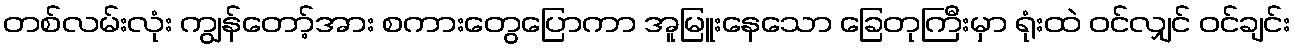
တစ်လမ်းလုံး ကျွန်တော့်အား စကားတွေပြောကာ အူမြူးနေသော ခြေတုကြီးမှာ ရုံးထဲ ဝင်လျှင် ဝင်ချင်း